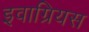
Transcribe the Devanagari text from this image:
इवाग्रियस